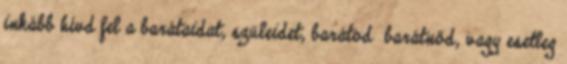
inkább hívd fel a barátaidat, szüleidet, barátod barátnőd, vagy esetleg